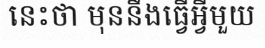
នេះថា មុននឹងធ្វើអ្វីមួយ